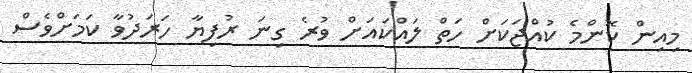
މިއިން ކޮންމެ ކުއްޖަކަށް ހަތް ލައްކައަށް ވުރެ ގިނަ ރުފިޔާ ހަރަދުވާ ކަމަށްވެސް